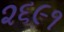
૨૬૯૧